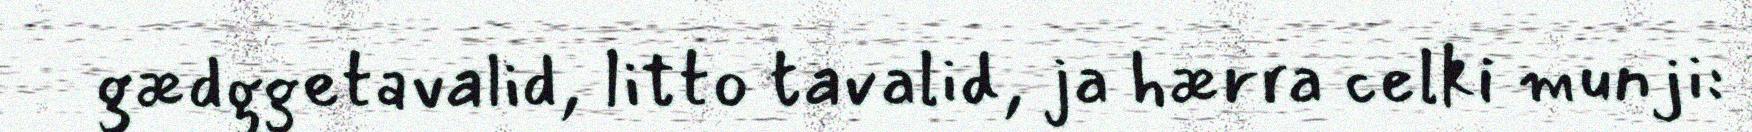
gædggetavalid, litto tavalid, ja hærra celki munji: